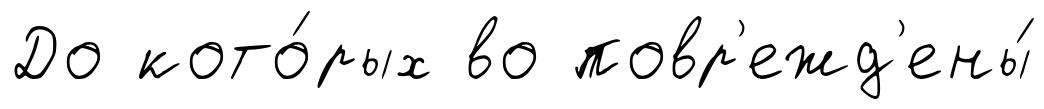
До кото́рых во повр'ежд'ены́